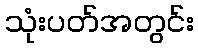
သုံးပတ်အတွင်း